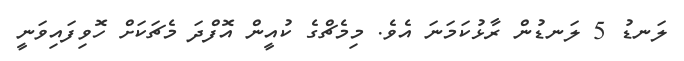
ލަނޑު 5 ލަނޑުން ރާޅުކަމަނަ އެވެ. މިމެޗްގެ ކުއީން އޮފްދަ މެޗަކަށް ހޮވިފައިވަނީ